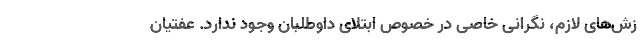
زش‌های لازم، نگرانی خاصی در خصوص ابتلای داوطلبان وجود ندارد. عفتیان